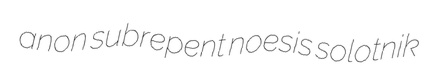
anon subrepent noesis solotnik